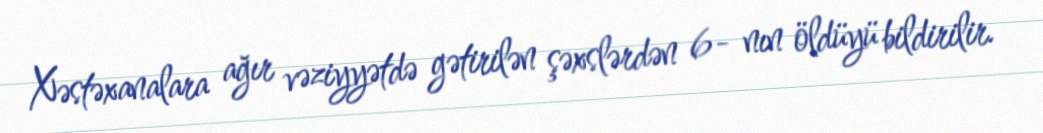
Xəstəxanalara ağır vəziyyətdə gətirilən şəxslərdən 6- nın öldüyü bildirilir.